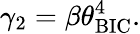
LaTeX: \gamma_{2}=\beta\theta_{\mathrm{{BIC}}}^{4}.